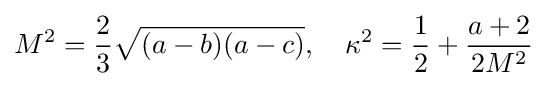
M^{2}={\frac {2}{3}}{\sqrt {(a-b)(a-c)}},\quad \kappa ^{2}={\frac {1}{2}}+{\frac {a+2}{2M^{2}}}